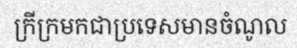
ក្រីក្រមកជាប្រទេសមានចំណូល